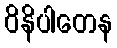
ဝိနိပါတေန